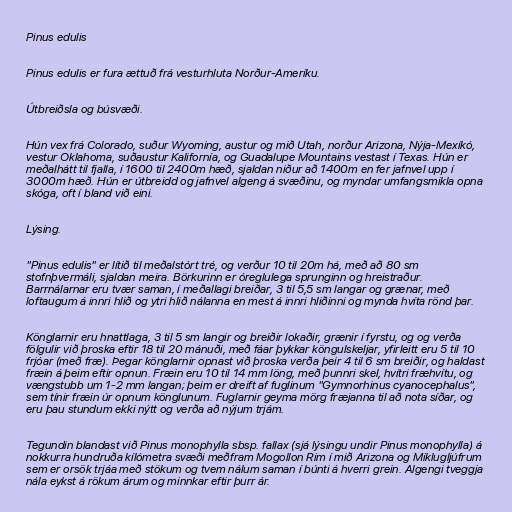
Pinus edulis

Pinus edulis er fura ættuð frá vesturhluta Norður-Ameríku.

Útbreiðsla og búsvæði.

Hún vex frá Colorado, suður Wyoming, austur og mið Utah, norður Arizona, Nýja-Mexíkó,
vestur Oklahoma, suðaustur Kalifornía, og Guadalupe Mountains vestast í Texas. Hún er
meðalhátt til fjalla, í 1600 til 2400m hæð, sjaldan niður að 1400m en fer jafnvel upp í
3000m hæð. Hún er útbreidd og jafnvel algeng á svæðinu, og myndar umfangsmikla opna
skóga, oft í bland við eini.

Lýsing.

"Pinus edulis" er lítið til meðalstórt tré, og verður 10 til 20m há, með að 80 sm
stofnþvermáli, sjaldan meira. Börkurinn er óreglulega sprunginn og hreistraður.
Barrnálarnar eru tvær saman, í meðallagi breiðar, 3 til 5,5 sm langar og grænar, með
loftaugum á innri hlið og ytri hlið nálanna en mest á innri hliðinni og mynda hvíta rönd þar.

Könglarnir eru hnattlaga, 3 til 5 sm langir og breiðir lokaðir, grænir í fyrstu, og og verða
fölgulir við þroska eftir 18 til 20 mánuði, með fáar þykkar köngulskeljar, yfirleitt eru 5 til 10
frjóar (með fræ). Þegar könglarnir opnast við þroska verða þeir 4 til 6 sm breiðir, og haldast
fræin á þeim eftir opnun. Fræin eru 10 til 14 mm löng, með þunnri skel, hvítri fræhvítu, og
vængstubb um 1-2 mm langan; þeim er dreift af fuglinum "Gymnorhinus cyanocephalus",
sem tínir fræin úr opnum könglunum. Fuglarnir geyma mörg fræjanna til að nota síðar, og
eru þau stundum ekki nýtt og verða að nýjum trjám.

Tegundin blandast við Pinus monophylla sbsp. fallax (sjá lýsingu undir Pinus monophylla) á
nokkurra hundruða kílómetra svæði meðfram Mogollon Rim í mið Arizona og Miklugljúfrum
sem er orsök trjáa með stökum og tvem nálum saman í búnti á hverri grein. Algengi tveggja
nála eykst á rökum árum og minnkar eftir þurr ár.